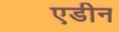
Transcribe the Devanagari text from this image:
एडीन